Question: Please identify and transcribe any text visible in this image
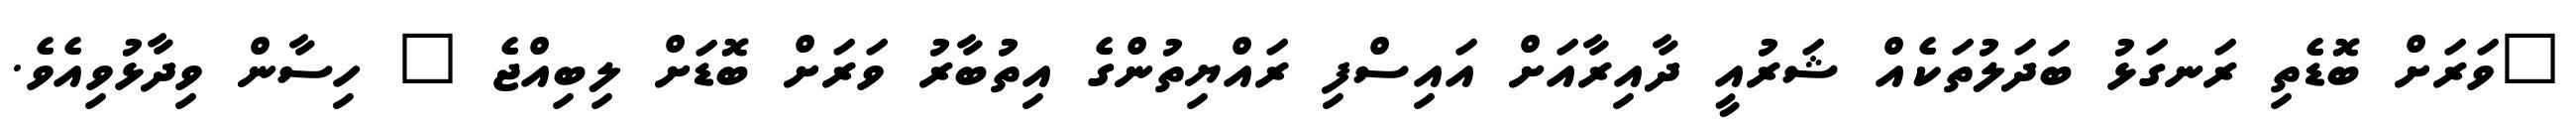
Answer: "ވަރަށް ބޮޑެތި ރަނގަޅު ބަދަލުތަކެއް ޝަރުއީ ދާއިރާއަށް އައިސްފި ރައްޔިތުންގެ އިތުބާރު ވަރަށް ބޮޑަށް ލިބިއްޖެ " ހިސާން ވިދާޅުވިއެވެ.